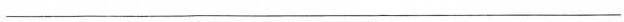
__________________________________________